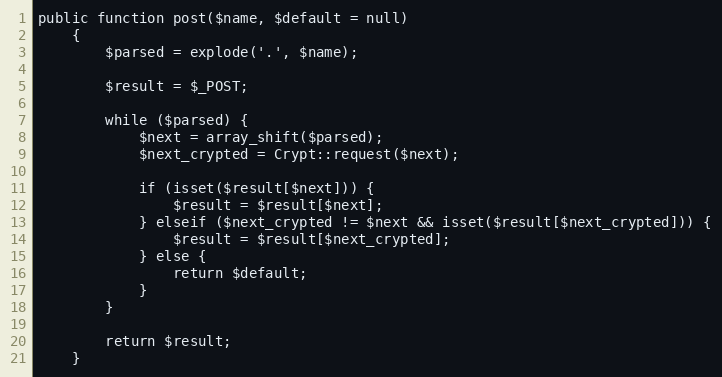
Language: PHP
public function post($name, $default = null)
    {
        $parsed = explode('.', $name);

        $result = $_POST;

        while ($parsed) {
            $next = array_shift($parsed);
            $next_crypted = Crypt::request($next);

            if (isset($result[$next])) {
                $result = $result[$next];
            } elseif ($next_crypted != $next && isset($result[$next_crypted])) {
                $result = $result[$next_crypted];
            } else {
                return $default;
            }
        }

        return $result;
    }